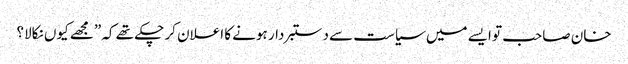
خان صاحب تو ایسے میں سیاست سے دستبردار ہونے کا اعلان کر چکے تھے کہ ”مجھے کیوں نکالا؟